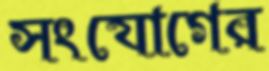
সংযোগের